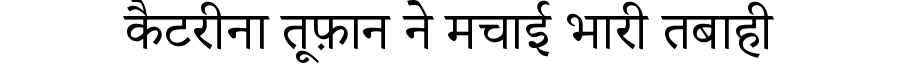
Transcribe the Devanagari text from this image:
कैटरीना तूफ़ान ने मचाई भारी तबाही